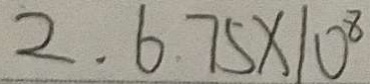
2 . 6 . 7 5 \times 1 0 ^ { 8 }